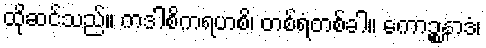
ထိုဆင်သည်။ ကဒါစိကရဟစိ၊ တစ်ရံတစ်ခါ။ ကောဉ္စနာဒံ၊